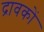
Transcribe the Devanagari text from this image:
द्रावकों